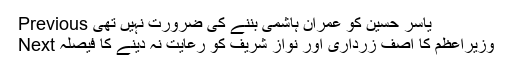
Previous یاسر حسین کو عمران ہاشمی بننے کی ضرورت نہیں تھی
Next وزیراعظم کا آصف زرداری اور نواز شریف کو رعایت نہ دینے کا فیصلہ